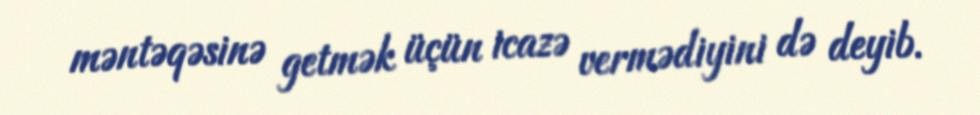
məntəqəsinə getmək üçün icazə vermədiyini də deyib.